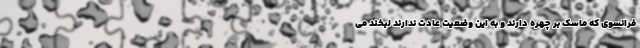
فرانسوی که ماسک بر چهره دارند و به این وضعیت عادت ندارند لبخند می